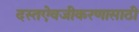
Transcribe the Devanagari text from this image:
दस्तऐवजीकरणासाठी